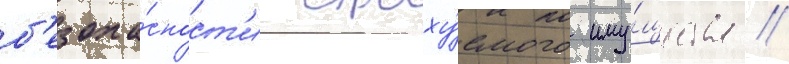
б'езопа́сност'и страху́емого иму́щества //